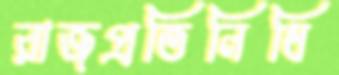
রাজপ্রতিনিধি